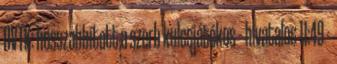
DVTK: hosszabbított a szerb kulcsjátékos – hivatalos 11:49 -